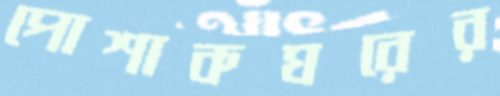
পোশাকঘরের